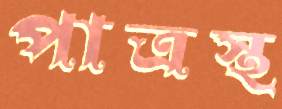
পাত্রস্থ